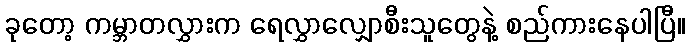
ခုတော့ ကမ္ဘာတလွှားက ရေလွှာလျှောစီးသူတွေနဲ့ စည်ကားနေပါပြီ။